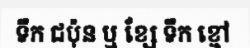
ទឹក ជប៉ុន ឬ ខ្សែ ទឹក ខ្មៅ